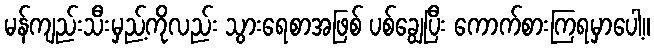
မန်ကျည်းသီးမှည့်ကိုလည်း သွားရေစာအဖြစ် ပစ်ချွေပြီး ကောက်စားကြရမှာပေါ့။